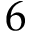
6